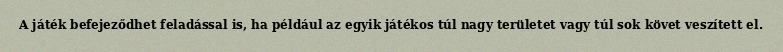
A játék befejeződhet feladással is, ha például az egyik játékos túl nagy területet vagy túl sok követ veszített el.